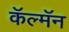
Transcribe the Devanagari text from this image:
कॅल्मॅन